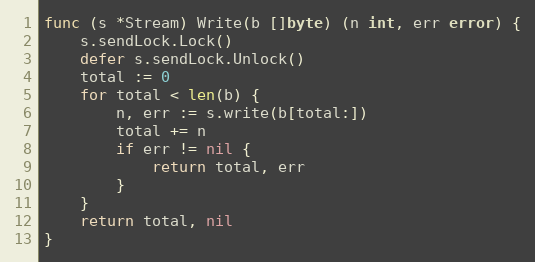
Language: Go
func (s *Stream) Write(b []byte) (n int, err error) {
	s.sendLock.Lock()
	defer s.sendLock.Unlock()
	total := 0
	for total < len(b) {
		n, err := s.write(b[total:])
		total += n
		if err != nil {
			return total, err
		}
	}
	return total, nil
}